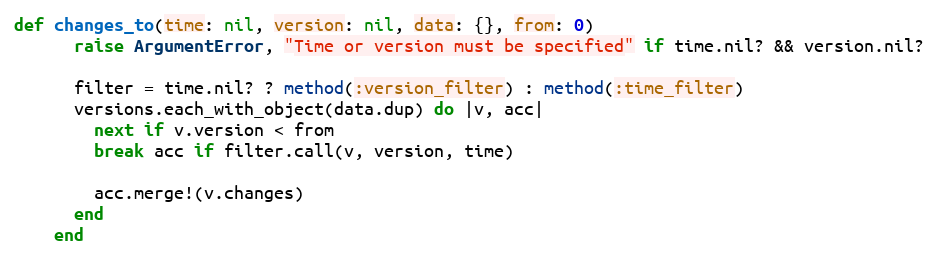
Language: Ruby
def changes_to(time: nil, version: nil, data: {}, from: 0)
      raise ArgumentError, "Time or version must be specified" if time.nil? && version.nil?

      filter = time.nil? ? method(:version_filter) : method(:time_filter)
      versions.each_with_object(data.dup) do |v, acc|
        next if v.version < from
        break acc if filter.call(v, version, time)

        acc.merge!(v.changes)
      end
    end